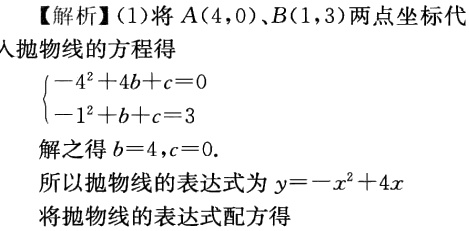
【解析】(1)将\(A(4,0)\)、\(B(1,3)\)两点坐标代入抛物线的方程得
\(\begin{cases}
-4^{2}+4b + c = 0\\
-1^{2}+b + c = 3
\end{cases}\)
解之得\(b = 4\)，\(c = 0\).
所以抛物线的表达式为\(y=-x^{2}+4x\)
将抛物线的表达式配方得